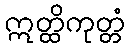
ဣတ္ထိကုတ္တံ